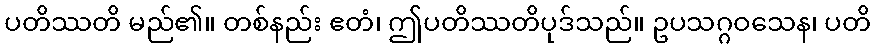
ပတိဿတိ မည်၏။ တစ်နည်း ဧတံ၊ ဤပတိဿတိပုဒ်သည်။ ဥပသဂ္ဂဝသေန၊ ပတိ